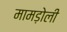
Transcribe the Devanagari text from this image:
मामड़ोली